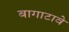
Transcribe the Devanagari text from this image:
बागाटावे